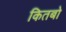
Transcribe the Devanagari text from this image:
कितबो